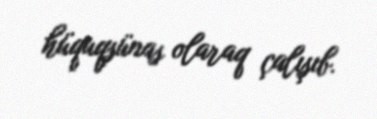
hüquqşünas olaraq çalışıb.